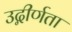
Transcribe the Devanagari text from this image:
उद्गीर्णता